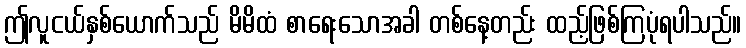
ဤလူငယ်နှစ်ယောက်သည် မိမိထံ စာရေးသောအခါ တစ်နေ့တည်း ထည့်ဖြစ်ကြပုံရပါသည်။